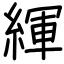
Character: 緷